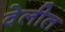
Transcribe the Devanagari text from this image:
वेलीत